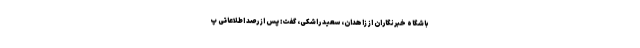
باشگاه خبرنگاران از زاهدان، سعید راشکی، گفت: پس از رصد اطلاعاتی پ